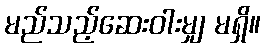
မည်သည့်ဆေးဝါးမျှ မရှိ။